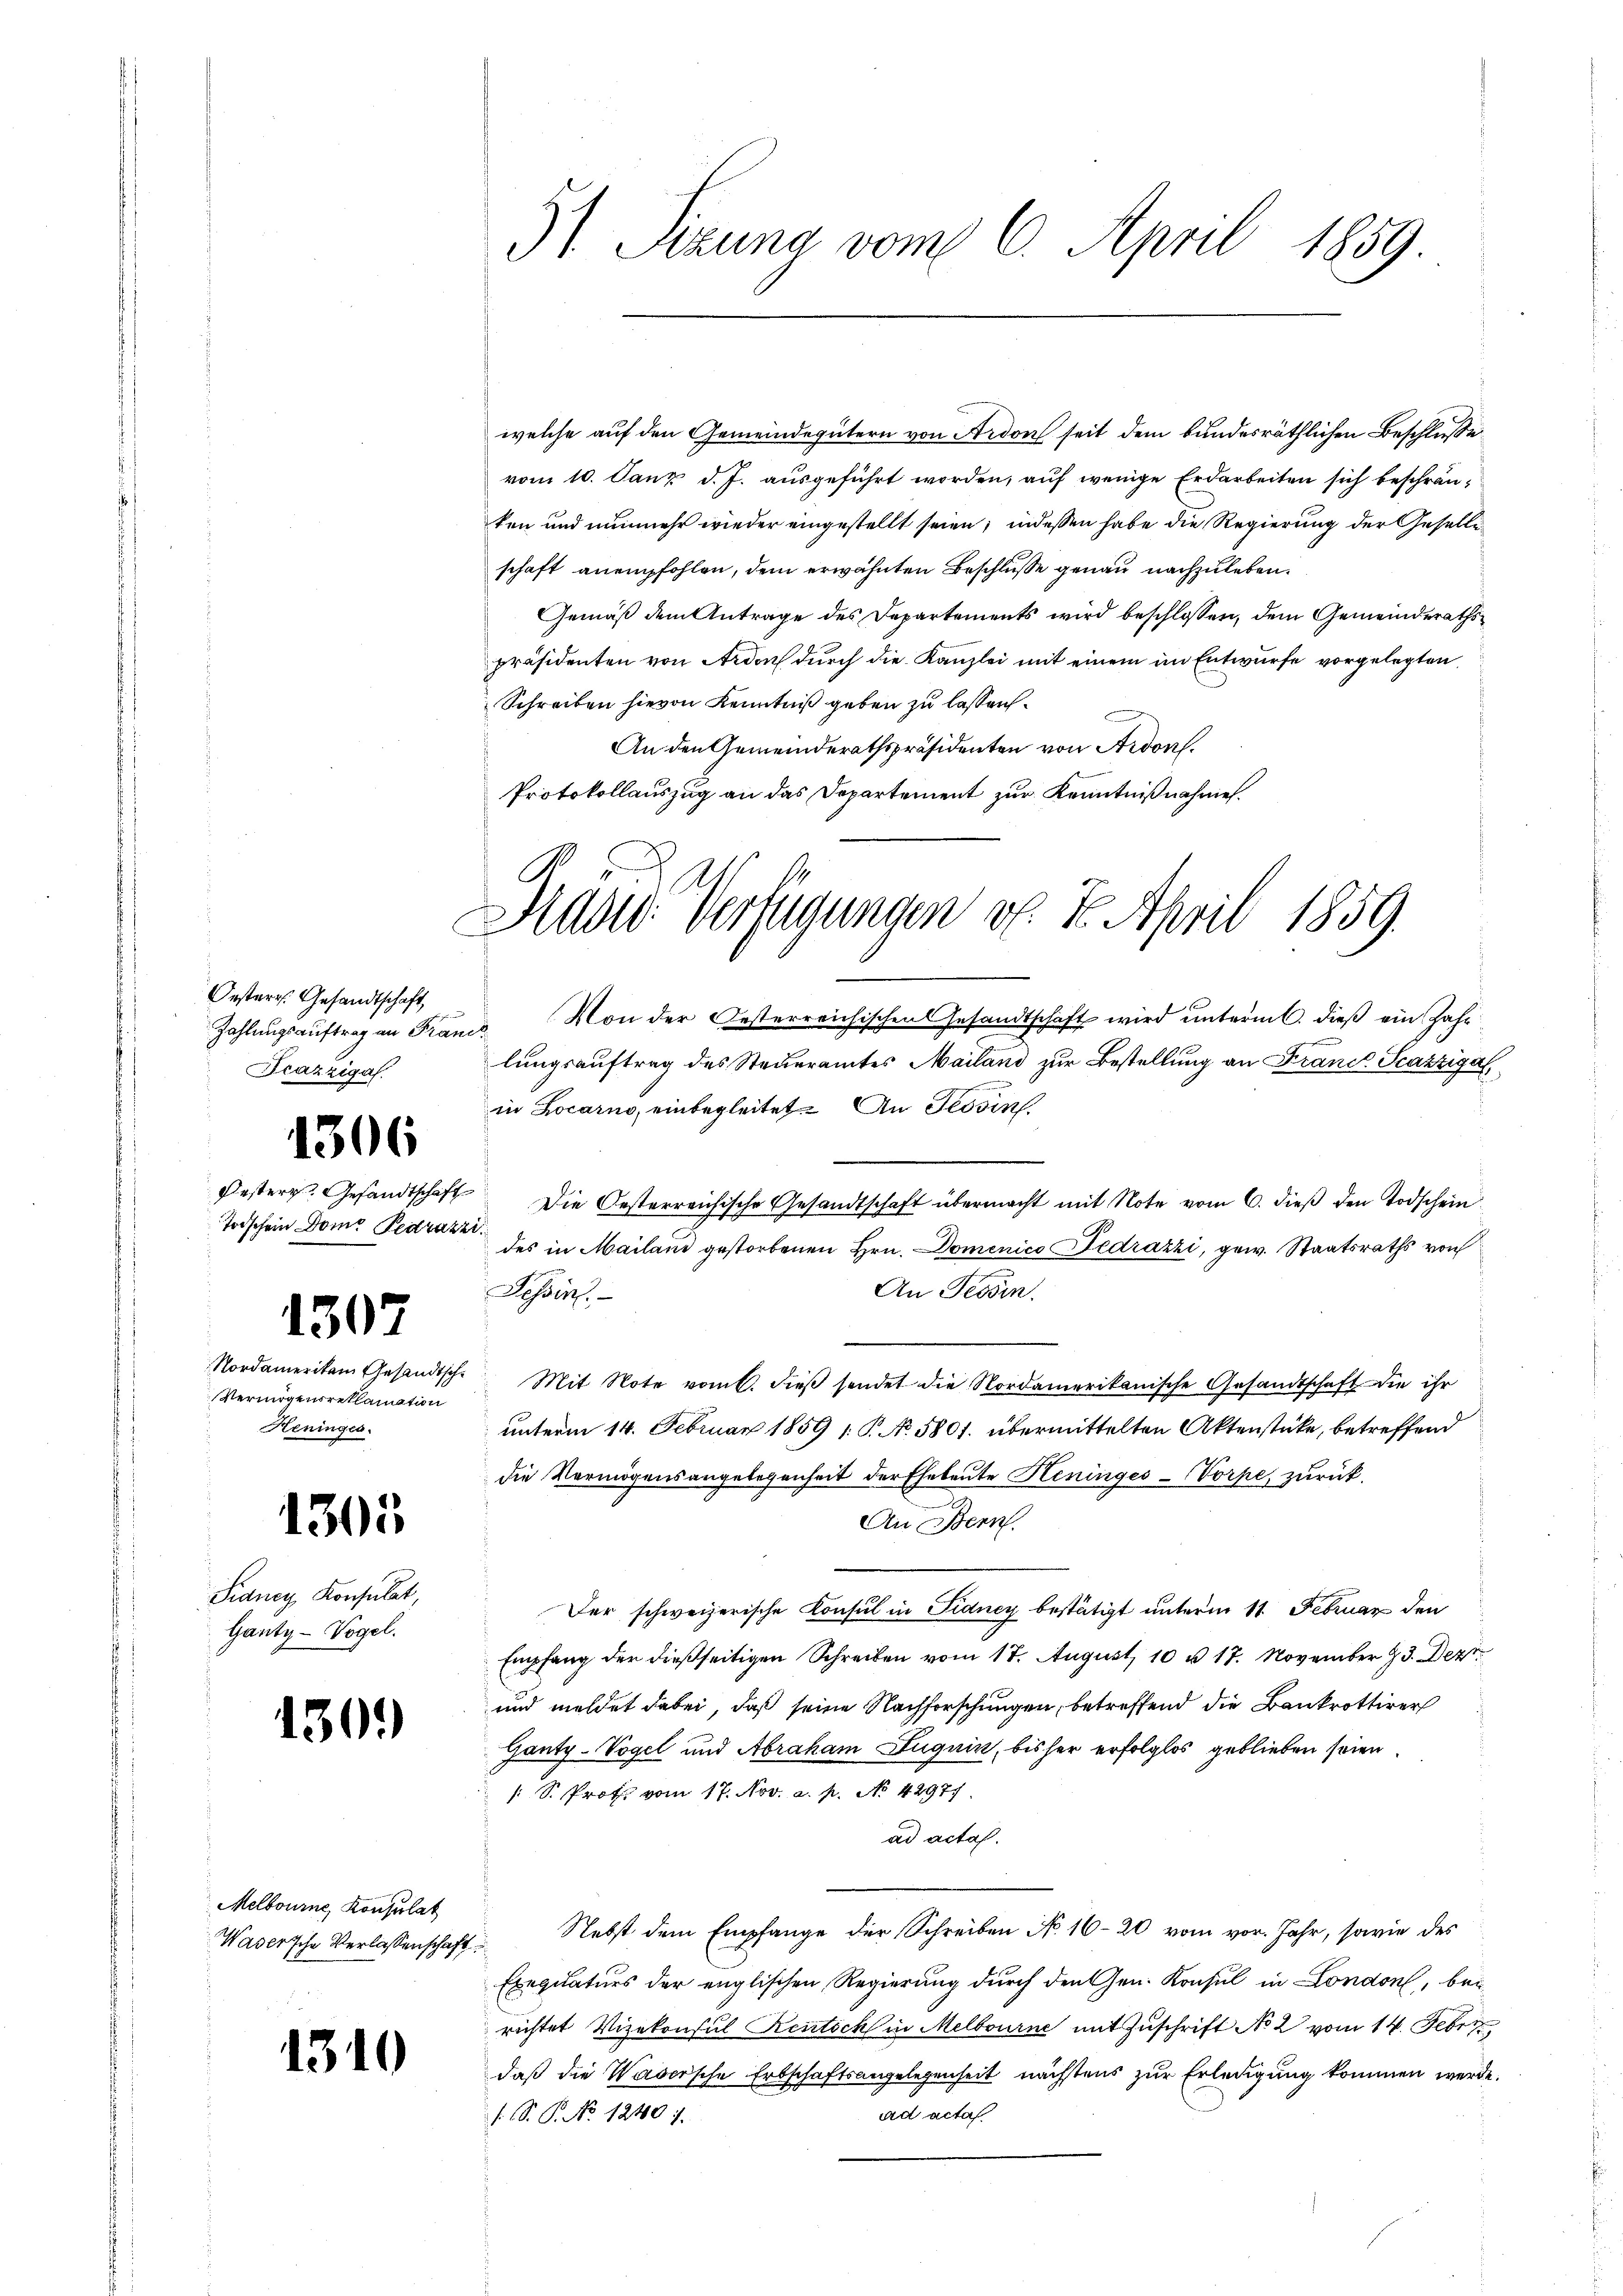
Oesterr. Gesandtschaft,
Zahlungsauftrag an Fran
Frazzigal.

1306

Festern. Gesandtschaft
Toischein Dom Pedrazz

1307

Nordameriken Gesandtsch¬
Vermögensreklamation
Heninges.

1305

Pidney Konsulat,
Gantz -Vogel.

1309

Melbourne Konsulat
Wasersche Verlassenschaft

1310

5) Sizung vom 6. April 1859.

welche auf den Gemeindegütern von Ardon seit dem bundesräthlichen Beschlüsse
vom 10. Janz d. J. ausgeführt worden, auf wenige Erdarbeiten sich beschränken und nunmehr wieder eingestellt seien; indessen habe die Regierung der Geselle
schaft anempfohlen, dem erwähnten Beschlusse genau nachzuleben.
Gemäß dem Antrage des Departements wird beschlossen, dem Gemeinderathspräsidenten von Ardorf durch die Kanzlei mit einem im Entwurfe vorgelegten
Schreiben hievon Kenntniß geben zu lassen.
An den Gemeinderathspräsidenten von Ardon.
Protokollauszug an das Departement zur Kenntnißnahmen.
Von der Oesterreichischen Gesandtschaft wird unterm 6. dieß ein Jahr
¬
lungsauftrag des Steueramtes Mailand zur Bestellung an Franc Scazziga
in Locarno, einbegleitet. An Tessin
Die Oesterreichische Gesandtschaft übermacht mit Note vom 6. dieß den Todschein
des in Mailand gestorbenen Hrn. Domenico Dedrazzi, gew. Staatsraths von
An Tessin.
Tessin.
Mit Note vom 6. dieß sendet die Nordamerikanische Gesandtschaft die ihr
unterm 14. Februar 1859 1: P. No. 5801. übermittelten Aktenstücke, betreffend
die Vermögensangelegenheit der Eheleute Heninges - Vorpe, zurück.
An Bern.
Der schweizerische Konsul in Fidney bestätigt unterm 11. Februar den
Empfang der dießseitigen Schreiben vom 17. August, 10 u. 17. November 93. Dez.
und meldet dabei, daß seine Nachforschungen, betreffend die Bankrottirer
Ganty-Vogel und Abraham Luquin, bisher erfolglos geblieben seien.
/S. Profes vom 17. Nov. a. p. No 42977.
ad acta.
Nebst dem Empfange der Schreiben No 16-20 vom vor. Jahr, sowie des
Exequaturs der englischen Regierung durch den Gen. Konsul in London, bei
richtet Vizekonsul Kentich in Melbourne mit Zuschrift No 2 vom 14. Febr.
daß die Wasersche Erbschaftsangelegenheit nächstens zur Erledigung kommen werde
ad acta
 S. P. No 1240.

Präsid. Verfügungen d. 7. April 1859.